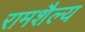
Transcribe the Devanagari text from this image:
रामशैल्य